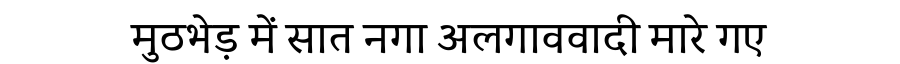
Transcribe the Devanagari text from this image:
मुठभेड़ में सात नगा अलगाववादी मारे गए